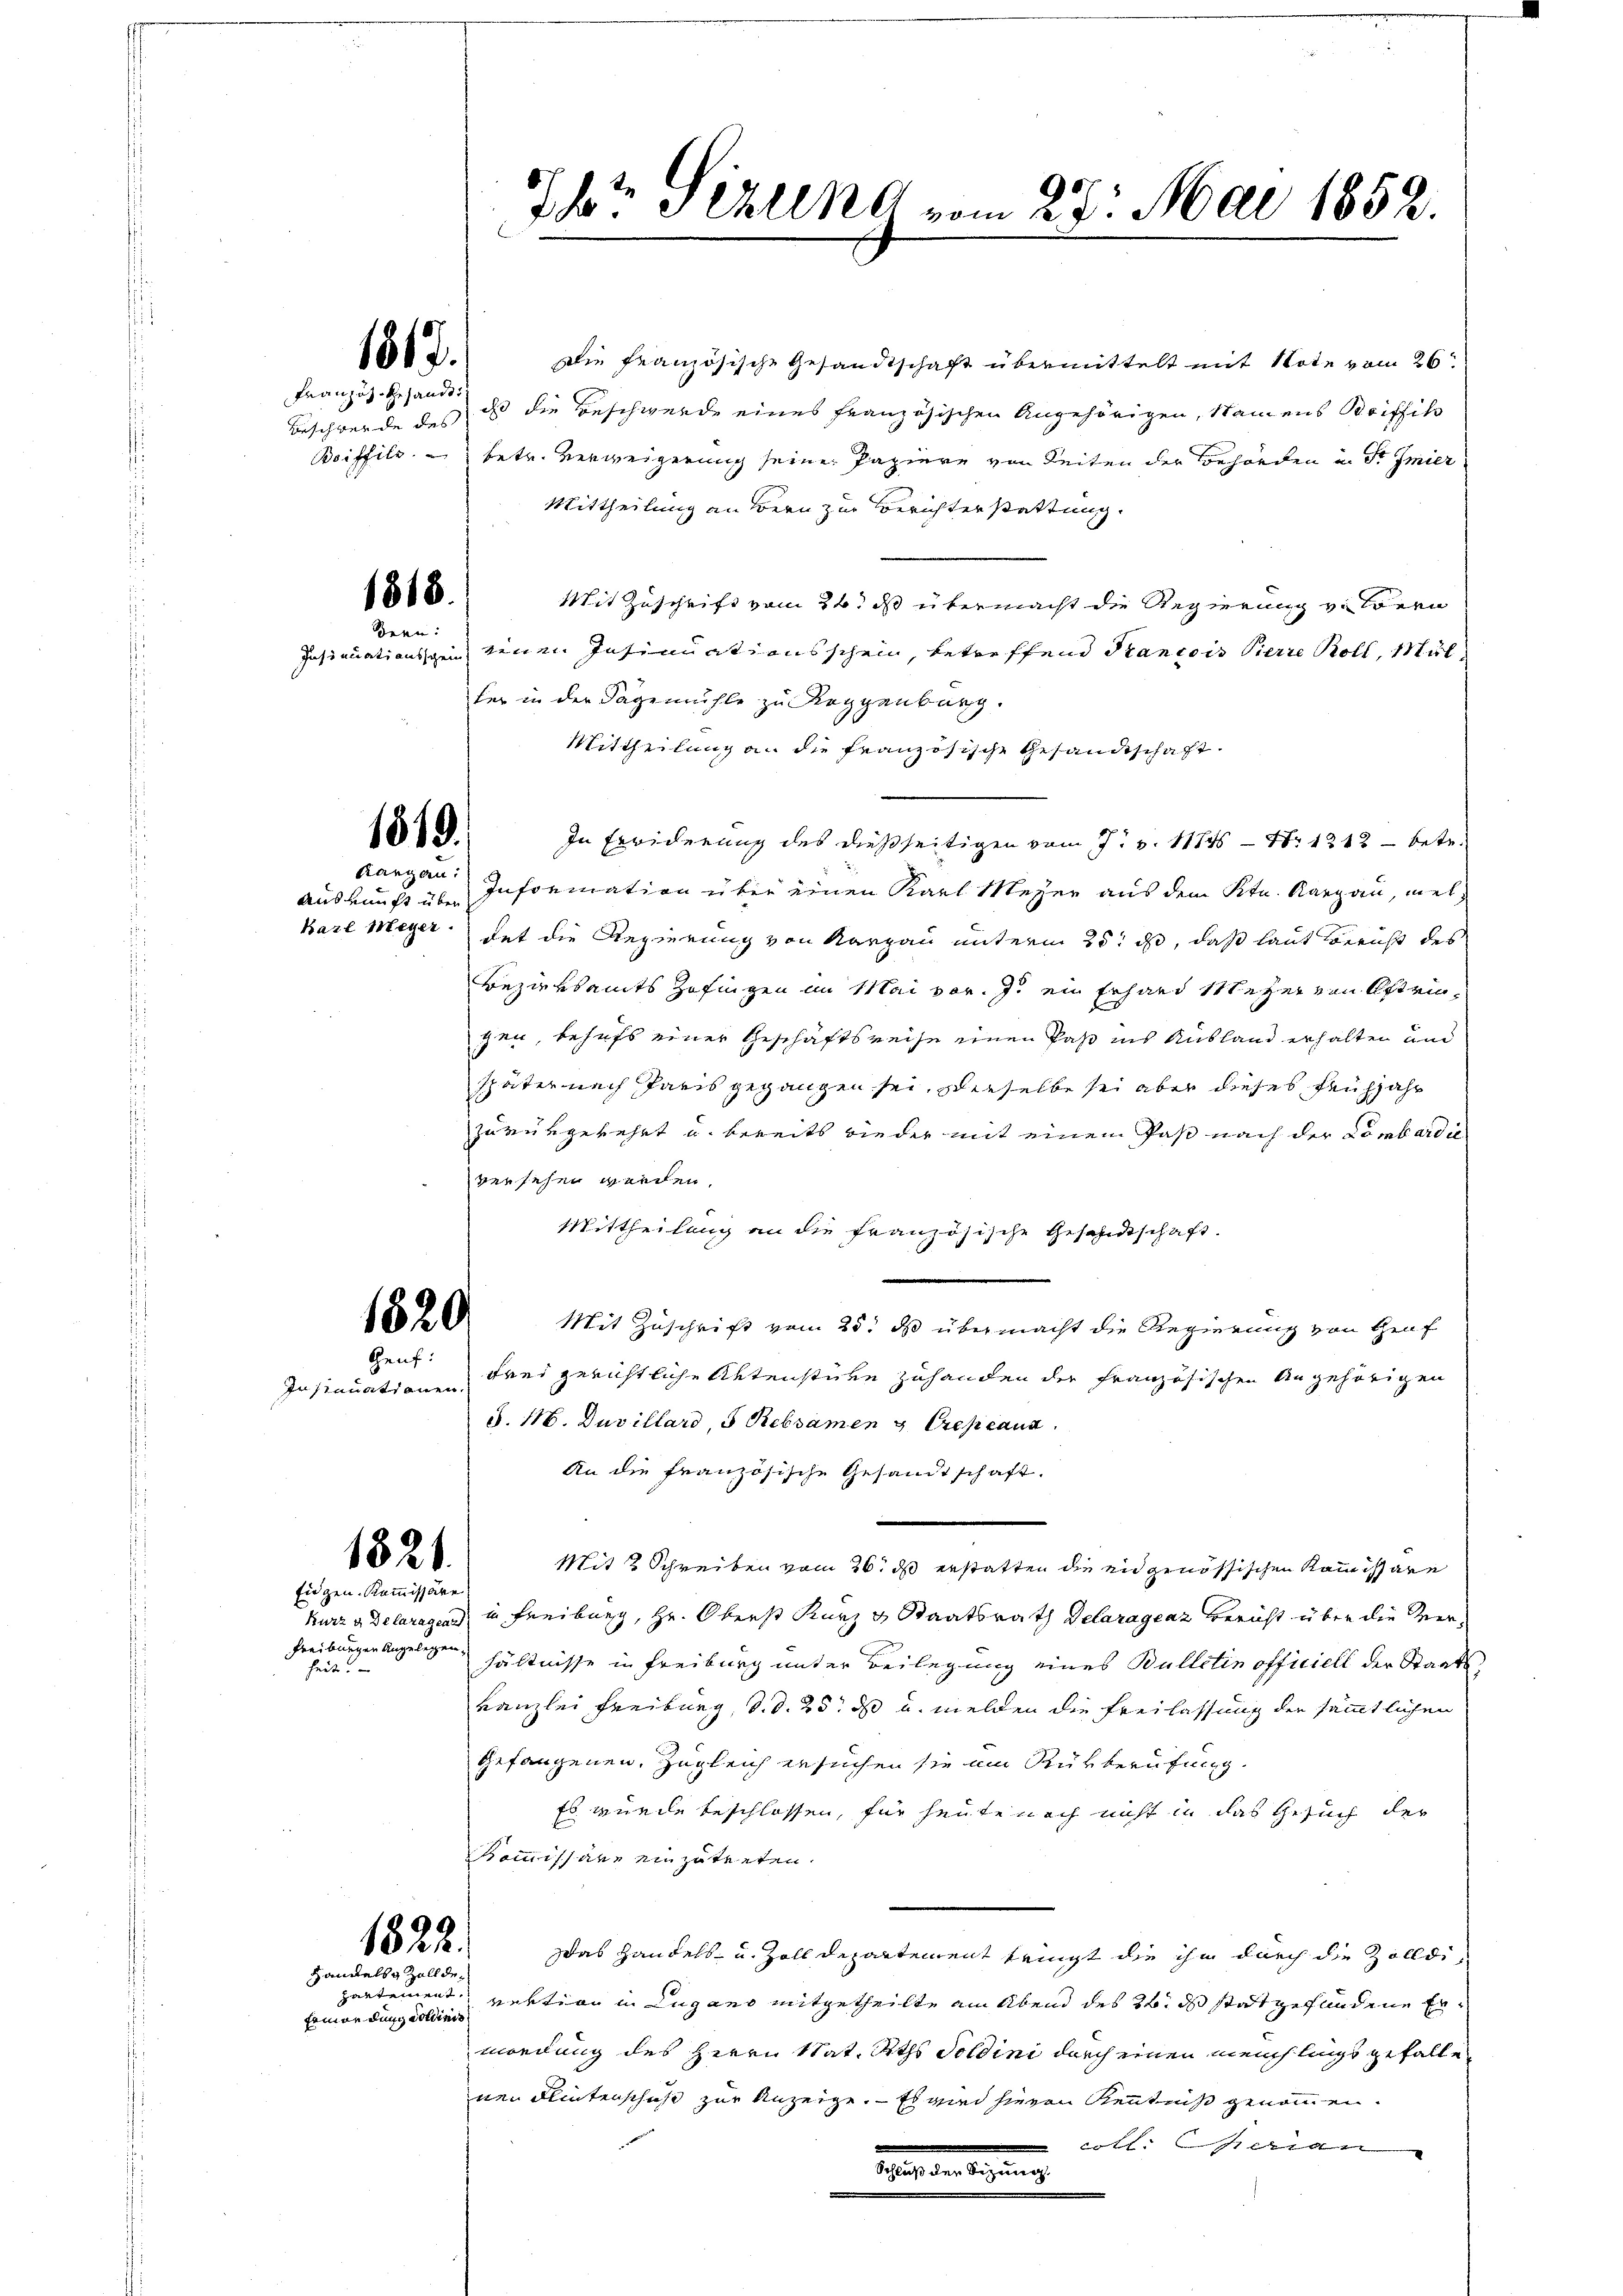
1817.

Französ. Gesandt.
Beschwerde des

1818.
Bren:

1819.

Rangen:

1820.
Heuf:

In stanationen.

1821.
Eigen Kommissäre

Freiburgen Angelegen
un

1822.
Handels Zollde¬

Ermordung Soldinis

Ihr Sellnd vom 27. Mai 1852.

Die französische Gesandtschaft übermittelt mit Note vom 26.
ass die Beschwerde eines französischen Angehörigen, Namens Boiffik
Boiffils. betr. Verweigerung seine Papiere von Seiten der Behörden u. St Imier
Mittheilung an Bern zur Berichterstattung.
Mit Zuschrift vom 24t d übermacht die Regierung von lern
Insinuationsein keinen Insinuationsschein, betreffend Francois Pierre Boll, Mülfer in der Sägemühle zu Roggenburg.
Mittheilung an die französische Gesandtschaft
In Erwiderung des dießseitigen vom 7. v. 11845 — Nr 1212 - betr.
Auskunft über Information über einen Karl Meyer aus dem Ktn. Kargau, meh¬
Baze Meyer hat die Regierung von Karpau unterm 25. ds, daß laut Bericht des
Bezirksamts Zofingen im Mai vor. J. ein Erhard Meyer von Estriezen, behufs einer Geschäftsreise einen Paß ins Ausland erhalten und
später nach Paris gegangen sei, derselbe sei aber dieses Frühjahr
zurükgekehrt u. bereits wieder mit einem Paß nach der Lombardie
versehen werden.
Mittheilung an die französische Gesandtschaft.
Mit Zuschrift vom 25. ds übermacht die Regierung von Graf
frei gerichtliche Aktenstücke zuhanden der französischen Angehörigen
§. 116. Duvillard, 5 Rebsamen & Creseaux
An die französische Gesandtschaft.
Mit 2 Schreiben vom 26. ds erstatten die ein genössischen Kommissäre
kurz a. Delaragens in Freiburg, Hr. Oberst Kurz u. Staatsrath Delaragraz Bericht über die Verhältnisse in Freiburg unter Beilegung eines Bulletin officiell der Staatskanzlei Freiburg, d. d. 25. ds u. melden die Freilassung der sämmtlichen
gefangenen, Zugleich ersuchen sie am Rükberufung
Es wurde beschlossen, für heute noch nicht in das Gesuch der
Kommissäre einzutreten.
Das Handels- u. Zoll Departement tringt die ihm durch die Zolldipartement rektion in Lugano mitgetheilte am Abend des 26. ds stat gefundene Ermordung des Herrn Stat. Raths Soldini durch einen meuchlings gefalle
nen Flintenschicht zur Anzeige. Es wird hievon Kenntniß genommen.
coll: die an
Wer den begang